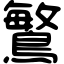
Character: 𪄴